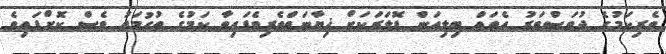
ވެރިކަމުގެ ދުވަސްވަރު އެތައް ބިލިއަން ޑޮލަރަކަށް ޚިޔާނަތްތެރިވެފައިވާ ކަމުގެ ތުހުމަތު ވެސް ކޮށްފައިވެ